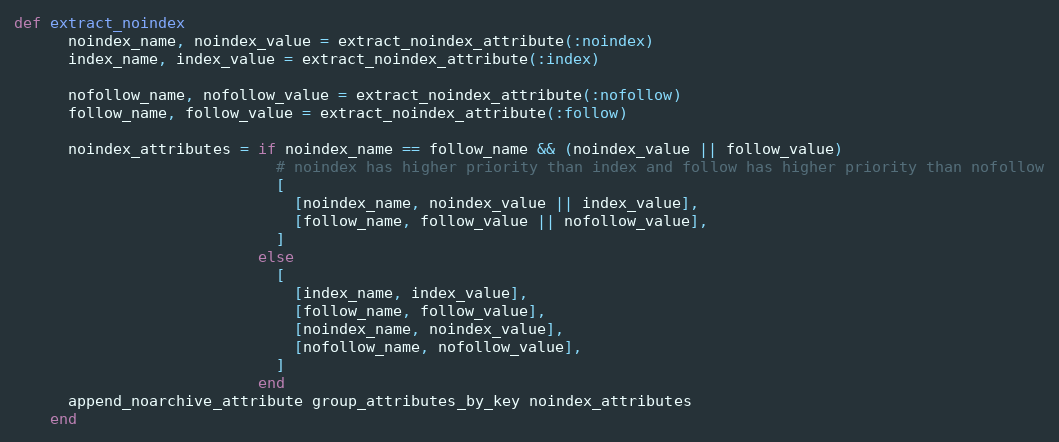
Language: Ruby
def extract_noindex
      noindex_name, noindex_value = extract_noindex_attribute(:noindex)
      index_name, index_value = extract_noindex_attribute(:index)

      nofollow_name, nofollow_value = extract_noindex_attribute(:nofollow)
      follow_name, follow_value = extract_noindex_attribute(:follow)

      noindex_attributes = if noindex_name == follow_name && (noindex_value || follow_value)
                             # noindex has higher priority than index and follow has higher priority than nofollow
                             [
                               [noindex_name, noindex_value || index_value],
                               [follow_name, follow_value || nofollow_value],
                             ]
                           else
                             [
                               [index_name, index_value],
                               [follow_name, follow_value],
                               [noindex_name, noindex_value],
                               [nofollow_name, nofollow_value],
                             ]
                           end
      append_noarchive_attribute group_attributes_by_key noindex_attributes
    end